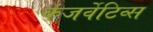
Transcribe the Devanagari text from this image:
कंजर्वेटिव्स